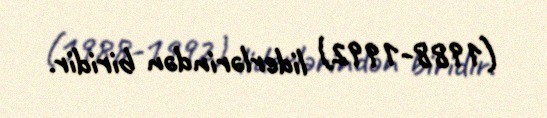
(1988-1992) liderlərindən biridir.